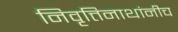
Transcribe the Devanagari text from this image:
निवृत्तिनाथांनीच